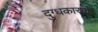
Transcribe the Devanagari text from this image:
दुग्धकारक